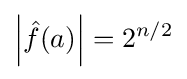
\left|{\hat {f}}(a)\right|=2^{n/2}